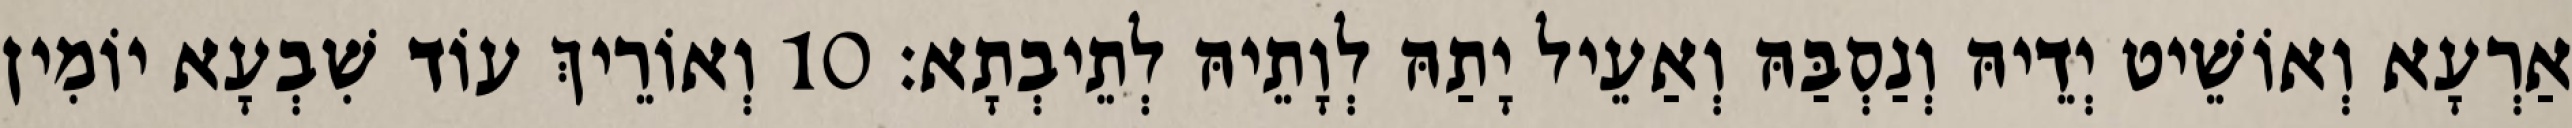
אַרְעָא וְאוֹשֵׁיט יְדֵיהּ וְנַסְבַּהּ וְאַעֵיל יָתַהּ לְוָתֵיהּ לְתֵיבְתָא׃ 10 וְאוֹרֵיךְ עוֹד שִׁבְעָא יוֹמִין